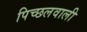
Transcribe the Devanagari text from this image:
पिच्छलवाली